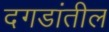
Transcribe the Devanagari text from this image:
दगडांतील